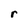
Character: r